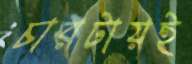
চারটায়ই